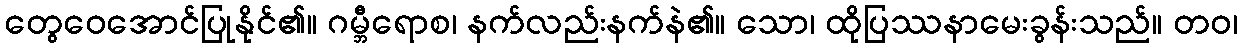
တွေဝေအောင်ပြုနိုင်၏။ ဂမ္ဘီရောစ၊ နက်လည်းနက်နဲ၏။ သော၊ ထိုပြဿနာမေးခွန်းသည်။ တဝ၊